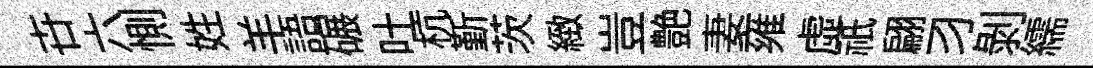
卋六惻姓羊語碾吐杭斳茨緻豈艶妻雍虛祇翩习剝繻